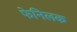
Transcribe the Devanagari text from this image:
फेनिलक